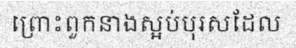
ព្រោះពួកនាងស្អប់បុរសដែល